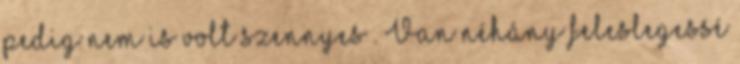
pedig nem is volt szennyes . Van néhány feleslegessé